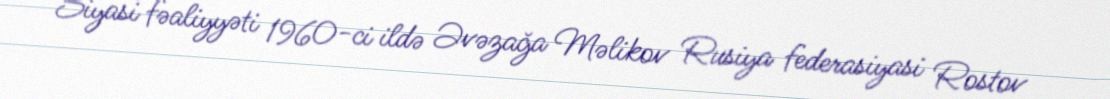
Siyasi fəaliyyəti 1960-ci ildə Əvəzağa Məlikov Rusiya federasiyasi Rostov